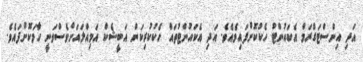
އަދި އިންސްޓަގްރަމް އެކައުންޓު ހެކުކޮށްފައިވެއެވެ. އަދި އެކައުންޓުތައް ހެކުކުރިކަން އަބީޝެކް އަމިއްލައަށްވެސްވަނީ ހާމަކޮށްފައެވެ.